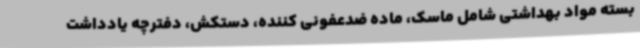
بسته مواد بهداشتی شامل ماسک، ماده ضدعفونی کننده، دستکش، دفترچه یادداشت